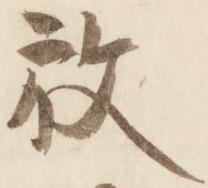
放